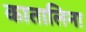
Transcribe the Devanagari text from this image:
कातालिना